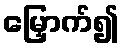
မြှောက်၍